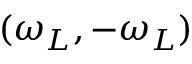
( \omega _ { L } , - \omega _ { L } )